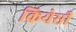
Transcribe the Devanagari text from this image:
क्रियेसी